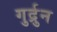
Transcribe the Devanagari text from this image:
गुर्द्रुन